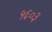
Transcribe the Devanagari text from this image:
५६०३